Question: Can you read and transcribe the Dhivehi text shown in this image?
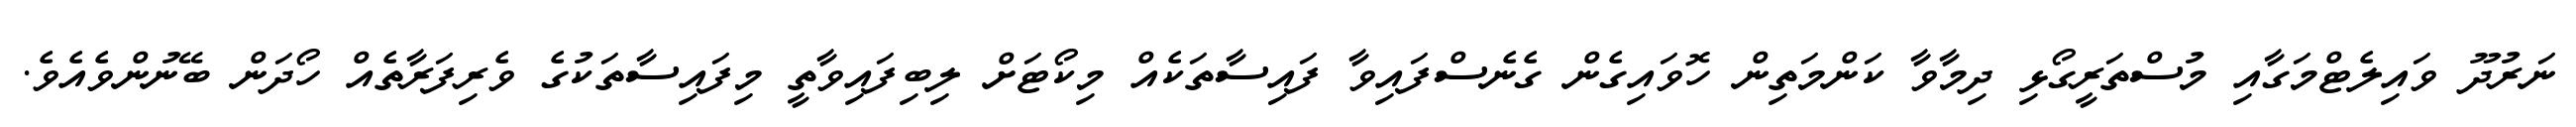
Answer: ނަރުދޫ ވައިލެޓްމަގާއި މުސްތަރީގޯޅި ދިމާވާ ކަންމަތިން ހޮވައިގެން ގެނެސްފައިވާ ފައިސާތަކެއް މިކޯޓަށް ލިބިފައިވާތީ މިފައިސާތަކުގެ ވެރިފަރާތެއް ހޯދަން ބޭނުންވެއެވެ.